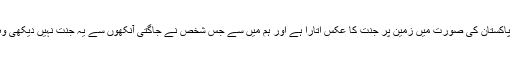
اﷲ تعالیٰ نے شمالی پاکستان کی صورت میں زمین پر جنت کا عکس اتارا ہے اور ہم میں سے جس شخص نے جاگتی آنکھوں سے یہ جنت نہیں دیکھی وہ بدنصیب انسان ہے۔